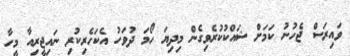
ވައިރަސް ޖެހުނު ކަމަށް ޝައްކުކުރެވިގެން މިދިޔަ ހޯމަ ދުވަހު އެކަހެރިކުރި ނައިޖީރިއާ މީހާ